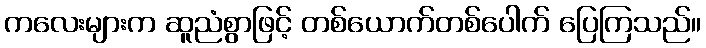
ကလေးများက ဆူညံစွာဖြင့် တစ်ယောက်တစ်ပေါက် ပြေကြသည်။